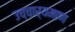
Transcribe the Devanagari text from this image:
उच्चार्यमाण